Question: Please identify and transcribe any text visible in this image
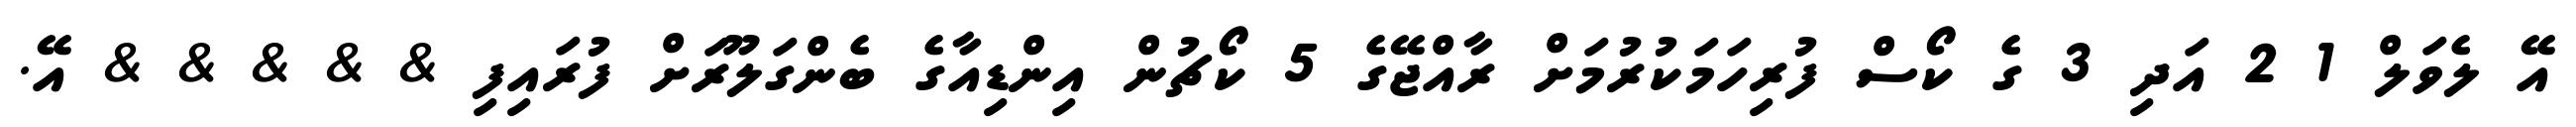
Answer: އޭ ލެވަލް 1 2 އަދި 3 ގެ ކޯސް ފުރިހަމަކުރުމަށް ރާއްޖޭގެ 5 ކޯޗުން އިންޑިއާގެ ބެންގަލޫރަށް ފުރައިފި & & & & & އޭ.